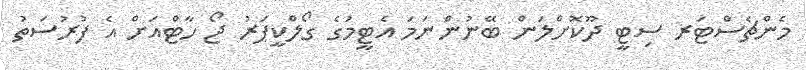
މެންޗެސްޓަރ ސިޓީ ދޫކޮށްލަން ބޭނުންނަމަ އެޓީމުގެ ގޯލްކީޕަރު ޖޯ ހާޓްއަށް އެ ފުރުސަތު